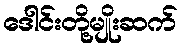
ဒေါင်းတို့မျိုးဆက်